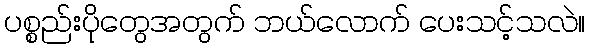
ပစ္စည်းပိုတွေအတွက် ဘယ်လောက် ပေးသင့်သလဲ။